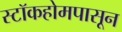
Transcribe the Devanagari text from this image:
स्टॉकहोमपासून